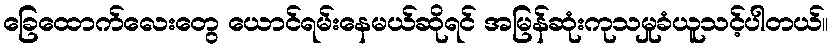
ခြေထောက်လေးတွေ ယောင်ရမ်းနေမယ်ဆိုရင် အမြန်ဆုံးကုသမှုခံယူသင့်ပါတယ်။